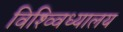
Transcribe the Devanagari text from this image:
विश्व्विध्यालय